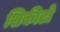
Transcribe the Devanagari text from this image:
शिकीटो